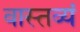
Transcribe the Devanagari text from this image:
वास्तव्यं